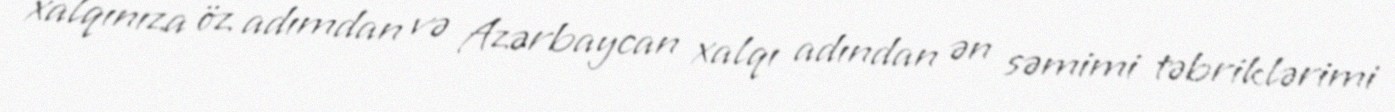
xalqınıza öz adımdan və Azərbaycan xalqı adından ən səmimi təbriklərimi